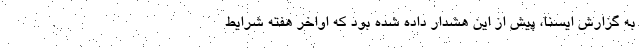
به گزارش ایسنا، پیش از این هشدار داده شده بود که اواخر هفته شرایط